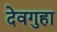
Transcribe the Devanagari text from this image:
देवगुहा